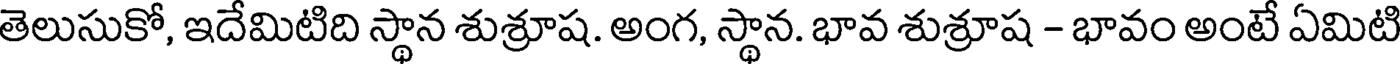
తెలుసుకో, ఇదేమిటిది స్థాన శుశ్రూష. అంగ, స్థాన. భావ శుశ్రూష - భావం అంటే ఏమిటి